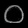
Digit: ၀